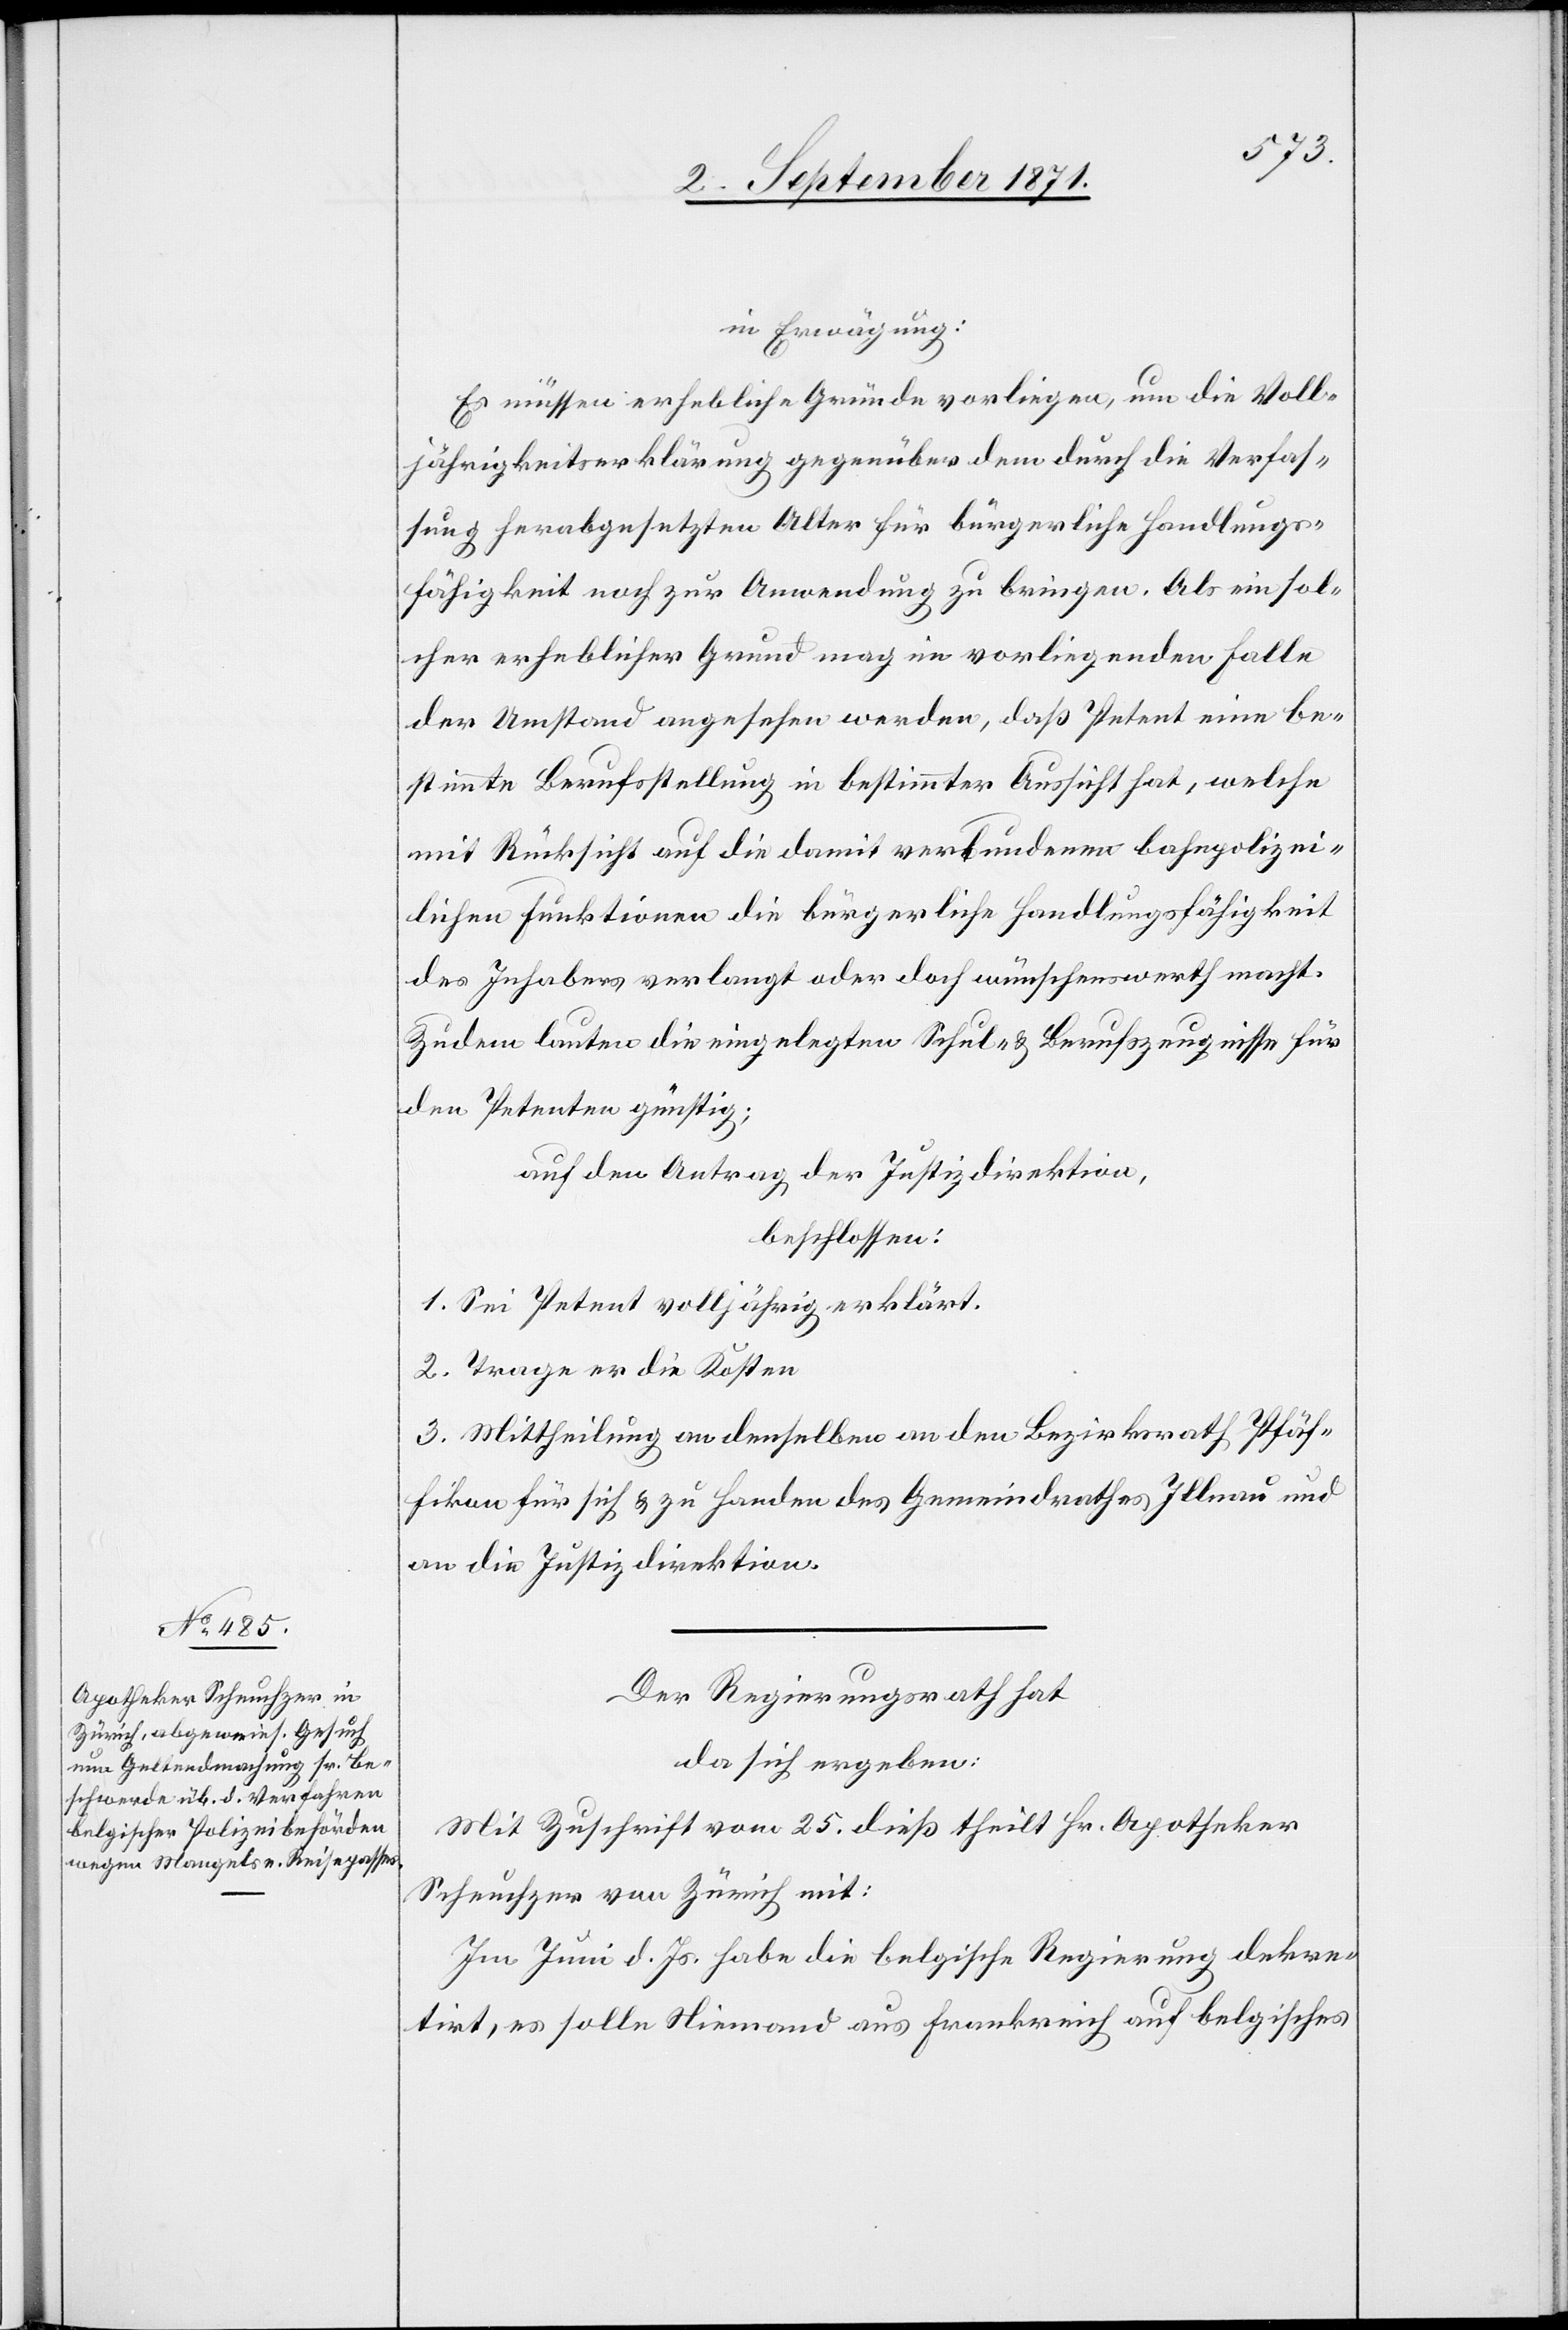
In Erwägung:
Es müssen erhebliche Gründe vorliegen, um die Voll¬
jährigkeitserklärung gegenüber dem durch die Verfas¬
sung herabgesetzten Alter für bürgerliche Handlungs¬
fähigkeit noch zur Anwendung zu bringen. Als ein sol¬
cher erheblicher Grund mag in vorliegenden Falle
der Umstand angesehen werden, daß Petent eine be¬
stimmte Berufsstellung in bestimmter Aussicht hat, welche
mit Rücksicht auf die damit verbundenen bahnpolizei¬
lichen Funktionen die bürgerliche Handlungsfähigkeit
des Inhabers verlangt oder doch wünschenswerth macht.
Zudem lauten die eingelegten Schul- & Berufszeugnisse für
den Petenten günstig;
auf den Antrag der Justizdirektion,
beschlossen:
1. Sei Petent volljährig erklärt.
2. Trage er die Kosten.
3. Mittheilung an denselben[,] an den Bezirksrath Pfäf¬
fikon für sich & zu Handen des Gemeindrathes Illnau und
an die Justizdirektion.
Der Regierungsrath hat
da sich ergeben:
Mit Zuschrift vom 25. dieß theilt Hr. Apotheker
Scheuchzer von Zürich mit:
Im Juni d. Js. habe die belgische Regierung dekre¬
tirt, es solle Niemand aus Frankreich auf belgisches